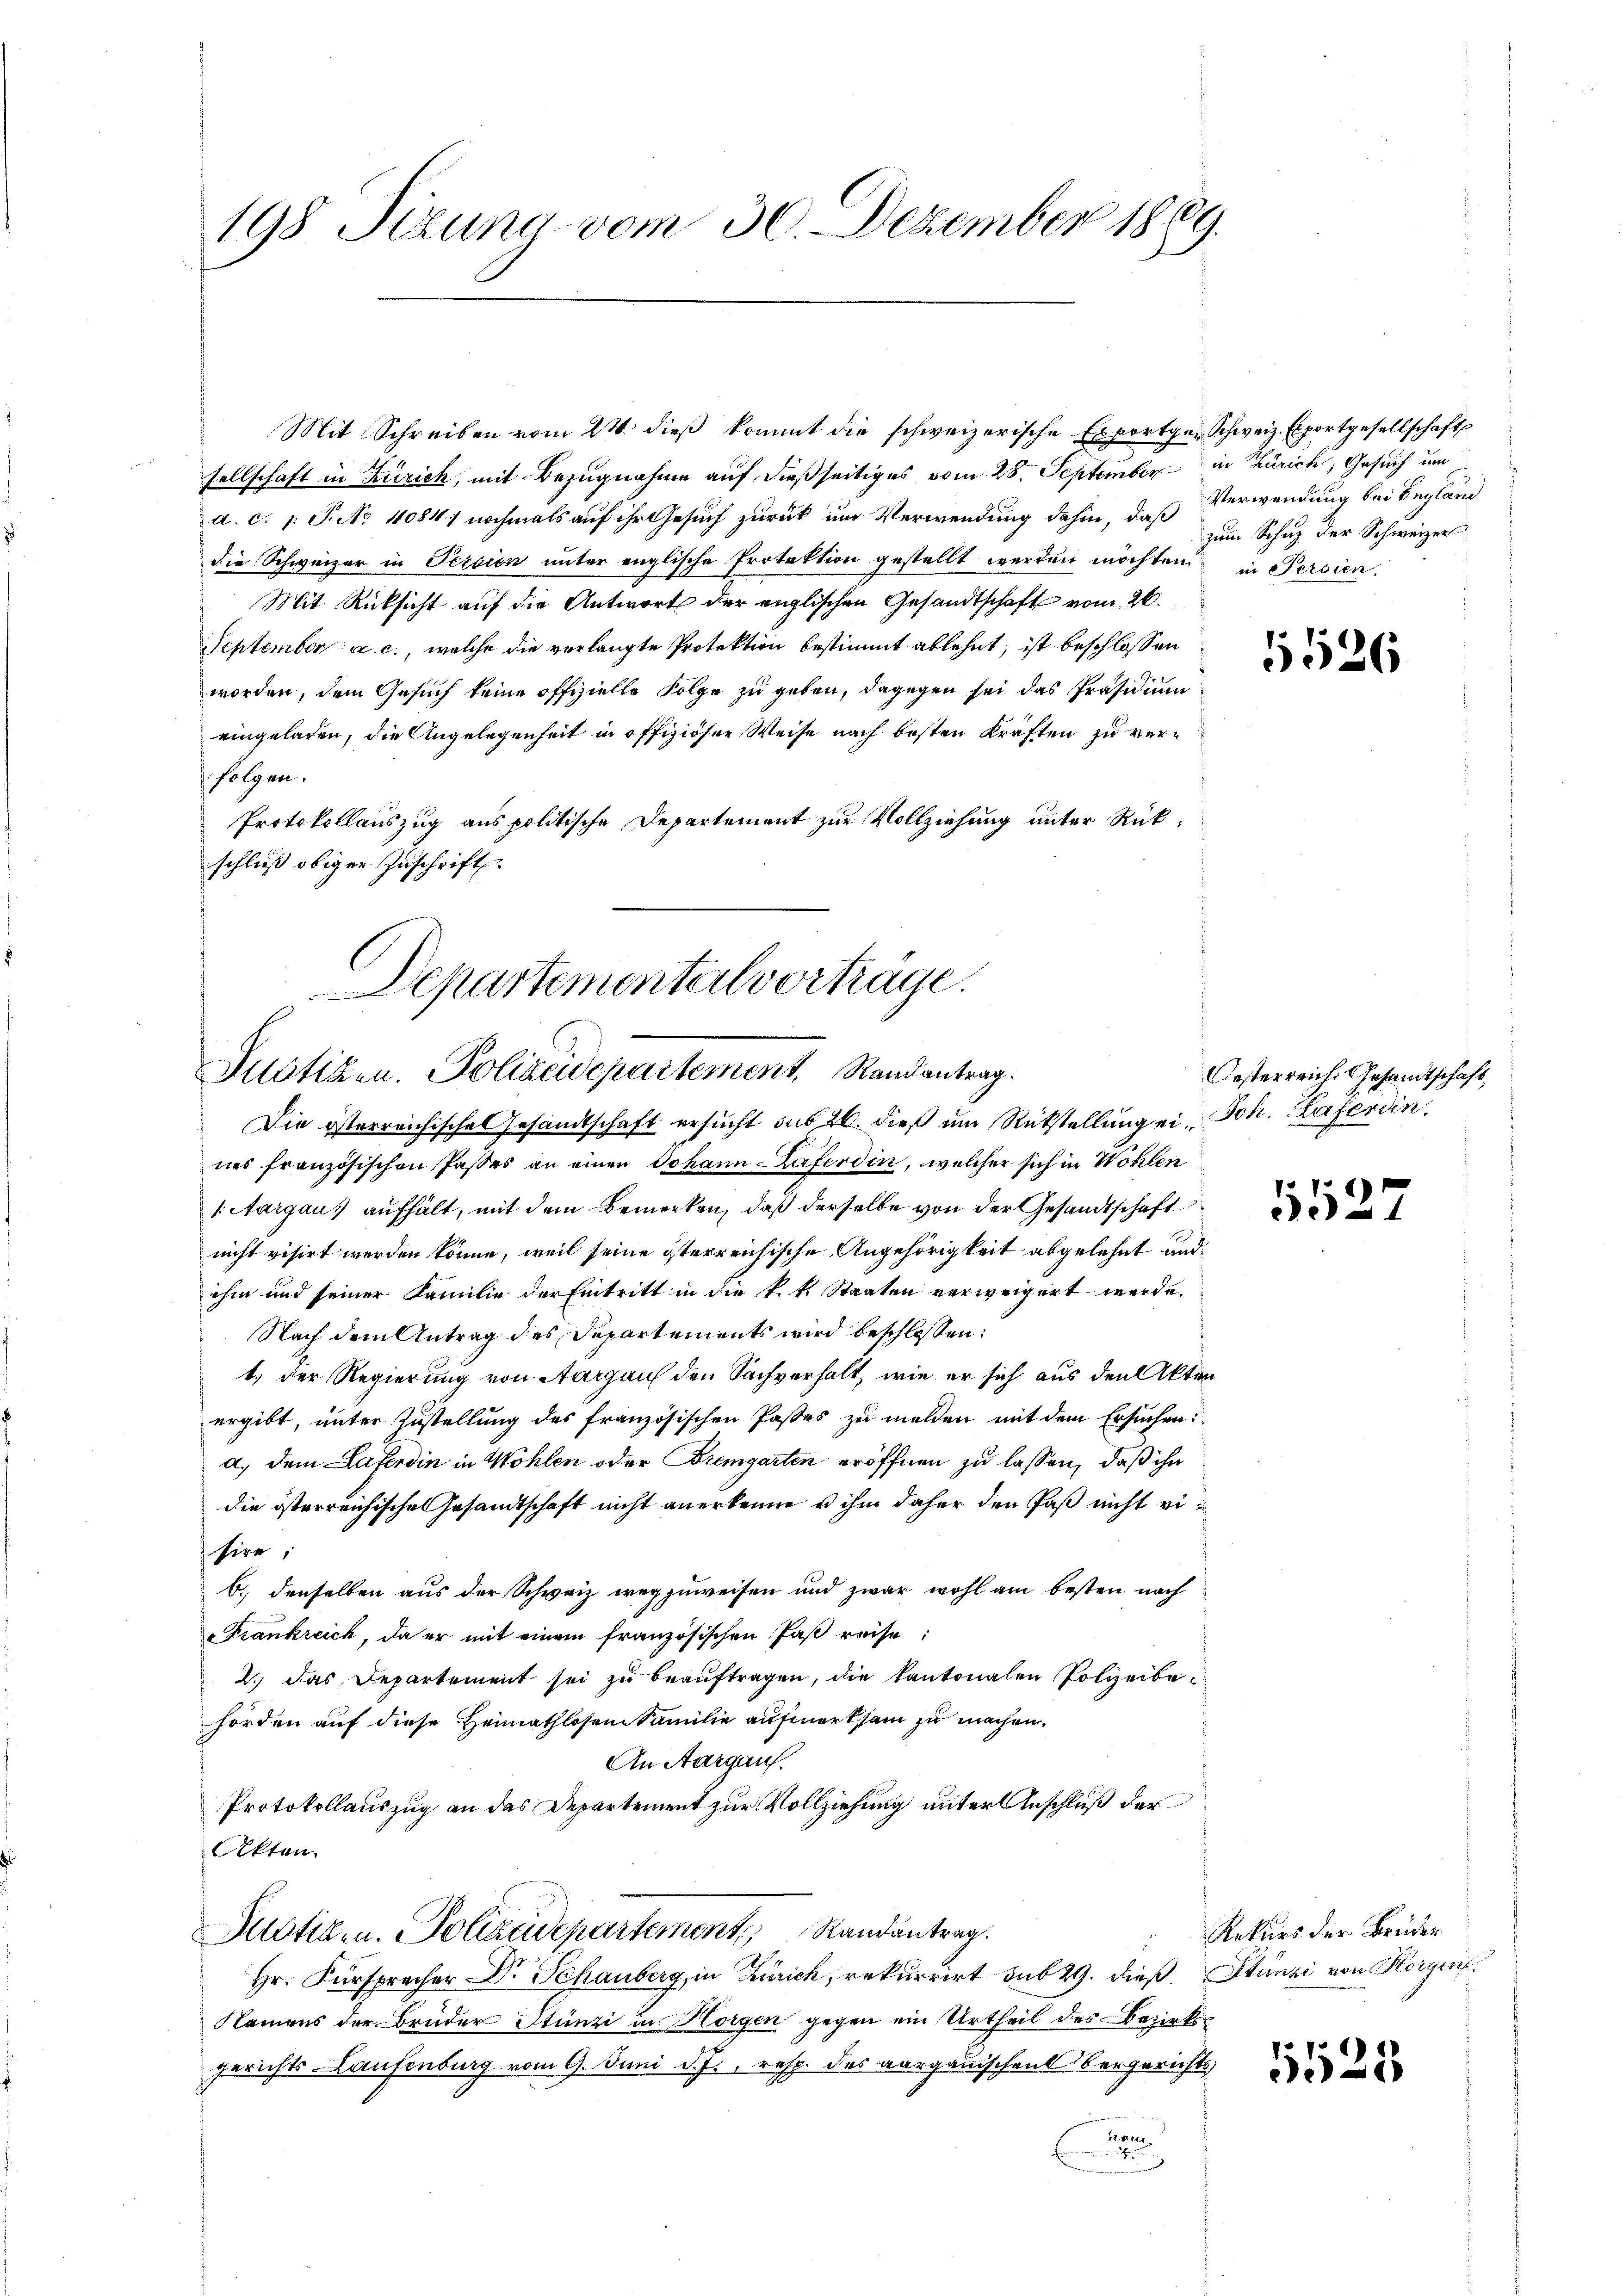
1
198. Sizung vom 30. Dezember 1859.

Mit Schreiben vom 24. dieß kommt die schweizerische Exportger Schweiz. Exportgesellschafts
sellschaft in Zürich, mit Bezugnahme auf dießseitiges vom 28. September in Zürich, Gesuch um
a. c. 1 Pcto 4084) nochmals auf ihr Gesuch zurück um Verwendung dahin, daß Verwendung bei Begläng
die Schweizer in Persien unter englische Protektion gestellt werden möchten, in Persien
Mit Rücksicht auf die Antwort der englischen Gesandtschaft vom 26.
September a. c., welche die verlangte Protektion bestimmt ablehnt, ist beschlossen
worden, dem Gesuch keine offizielle Folge zu geben, dagegen sei das Präsidium
eingeladen, die Angelegenheit in offiziöser Weise nach besten Kräften zu verfolgen.
Protokollauszug aus politische Departement zur Vollziehung unter Rückschluß obiger Zuschrift

Departementeil vorträge.
Justiken. Polizeidepartement, Randantrag.

Die österreichisches Gesandtschaft ersucht sub 20. dieß um Rückstellung ein Joh. Haferdin
nes französischen Passes an einen Johann Haferdin, welcher sich in Wohlen
Aargaus aufhält, mit dem Bemerken, daß derselbe von der Gesandtschaft
nicht visirt werden könne, weil seine österreichische Angehörigkeit abgelehnt und
ihm und seiner Familie der Eintritt in die k.k. Staaten verweigert werde.
Nach dem Antrag des Departements wird beschlossen:
1.) Der Regierung von Aargaus den Sachverhalt, wie er sich aus den Akten
ergibt, unter Zustellung des französischen Pastes zu melden mit dem Ersuchen:
a. dem Caferdin in Wohlen oder Bremgarten eröffnen zu lassen, daß ihn
die österreichische Gesandtschaft nicht anerkenne u ihm daher den Paß nicht visire;
6. denselben aus der Schweiz wegzuweisen und zwar wohl am besten nach
Frankreich, da er mit einem französischen Paß reise:
2.) Das Departement sei zu beauftragen, die kantonalen Polizeibehörden auf diese Heimathlosen Familie aufmerksam zu machen.
An Aargau.
Protokollauszug an das Departement zur Vollziehung unter Anschluß der
Akten.
Justizen. Polizeidepartement Randantrag.
Hr. Fürspracher Dr. Schauberg, in Zürich, rekurrirt sub 29. dieß Stünzi von Horgen
Namens der Brüder Stünzi in Horgen gegen ein Urtheil des Bezirks
gerichts-Laufenburg vom 9. Juni d. J., resp. des aargauischen Obergerichts
12. d. 144

zum Schuz der Schweizer

5526

Oesterreich Gesandtschaft

552

Rekurs der Brüder

11525